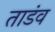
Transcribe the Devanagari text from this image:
ताडंव